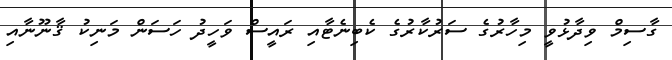
ގާސިމް ވިދާޅުވީ މިހާރުގެ ސަރުކާރުގެ ކެބިނެޓާއި ރައީސް ވަހީދު ހަސަން މަނިކު ޤާނޫނާއި